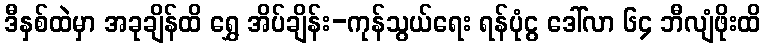
ဒီနှစ်ထဲမှာ အခုချိန်ထိ ရွှေ အိပ်ချိန်း-ကုန်သွယ်ရေး ရန်ပုံငွ ဒေါ်လာ ၆၄ ဘီလျံဖိုးထိ